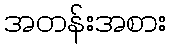
အတန်းအစား